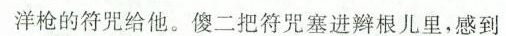
洋枪的符咒给他。傻二把符咒塞进辫根儿里，感到